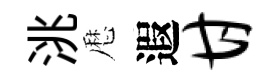
洮厯遐甘